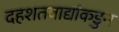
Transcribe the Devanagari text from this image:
दहशतवाद्यांकडुन